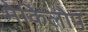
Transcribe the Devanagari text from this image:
मेकिलोप